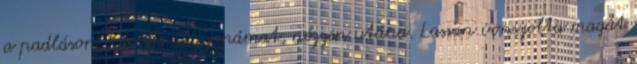
a padláson. Kérték nagyapámat, nézzen utána. Lassan vonszolta magát